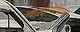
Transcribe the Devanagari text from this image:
तासागणिक